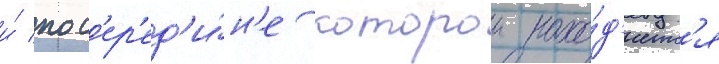
и́ пос'ер'ед'и́н'е которои нахо́д'итс'я